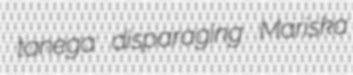
tanega disparaging Mariska